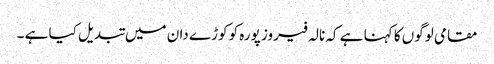
مقامی لوگوں کا کہنا ہے کہ نالہ فیروز پورہ کو کوڑے دان میں تبدیل کیا ہے ۔